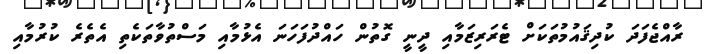
ރާއްޖެފަދަ ކުދިޤައުމުތަކަށް ޓެރަރިޒަމާއި ދީނީ ގޮތުން ހައްދުފަހަނަ އެޅުމާއި މަސްތުވާތަކެތި އެތެރެ ކުރުމާއި